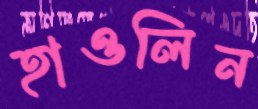
হাওলিন